Indian journal of veterinary science and animal husbandry - Volume 11,
Year: 1941
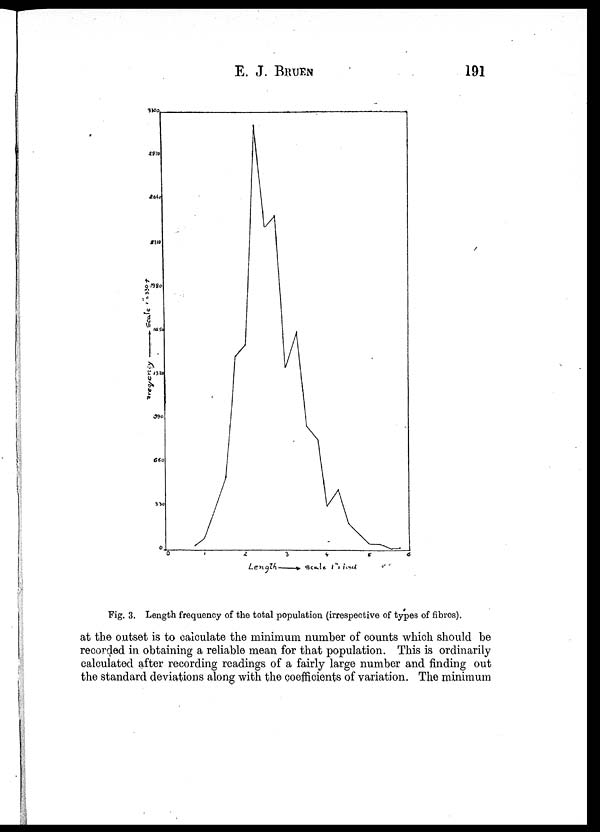
E. J. BRUEN 191
Fig. 3. Length frequency of the total population (irrespective of types of fibres).
at the outset is to calculate the minimum number of counts which should be
recorded in obtaining a reliable mean for that population. This is ordinarily
calculated after recording readings of a fairly large number and finding out
the standard deviations along with the coefficients of variation. The minimum